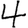
Digit: 4